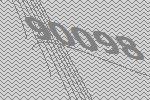
90098